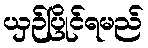
ယှဉ်ပြိုင်ရမည်